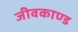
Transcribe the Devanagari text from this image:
जीवकाण्ड